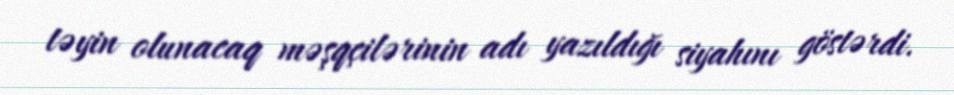
təyin olunacaq məşqçilərinin adı yazıldığı siyahını göstərdi.